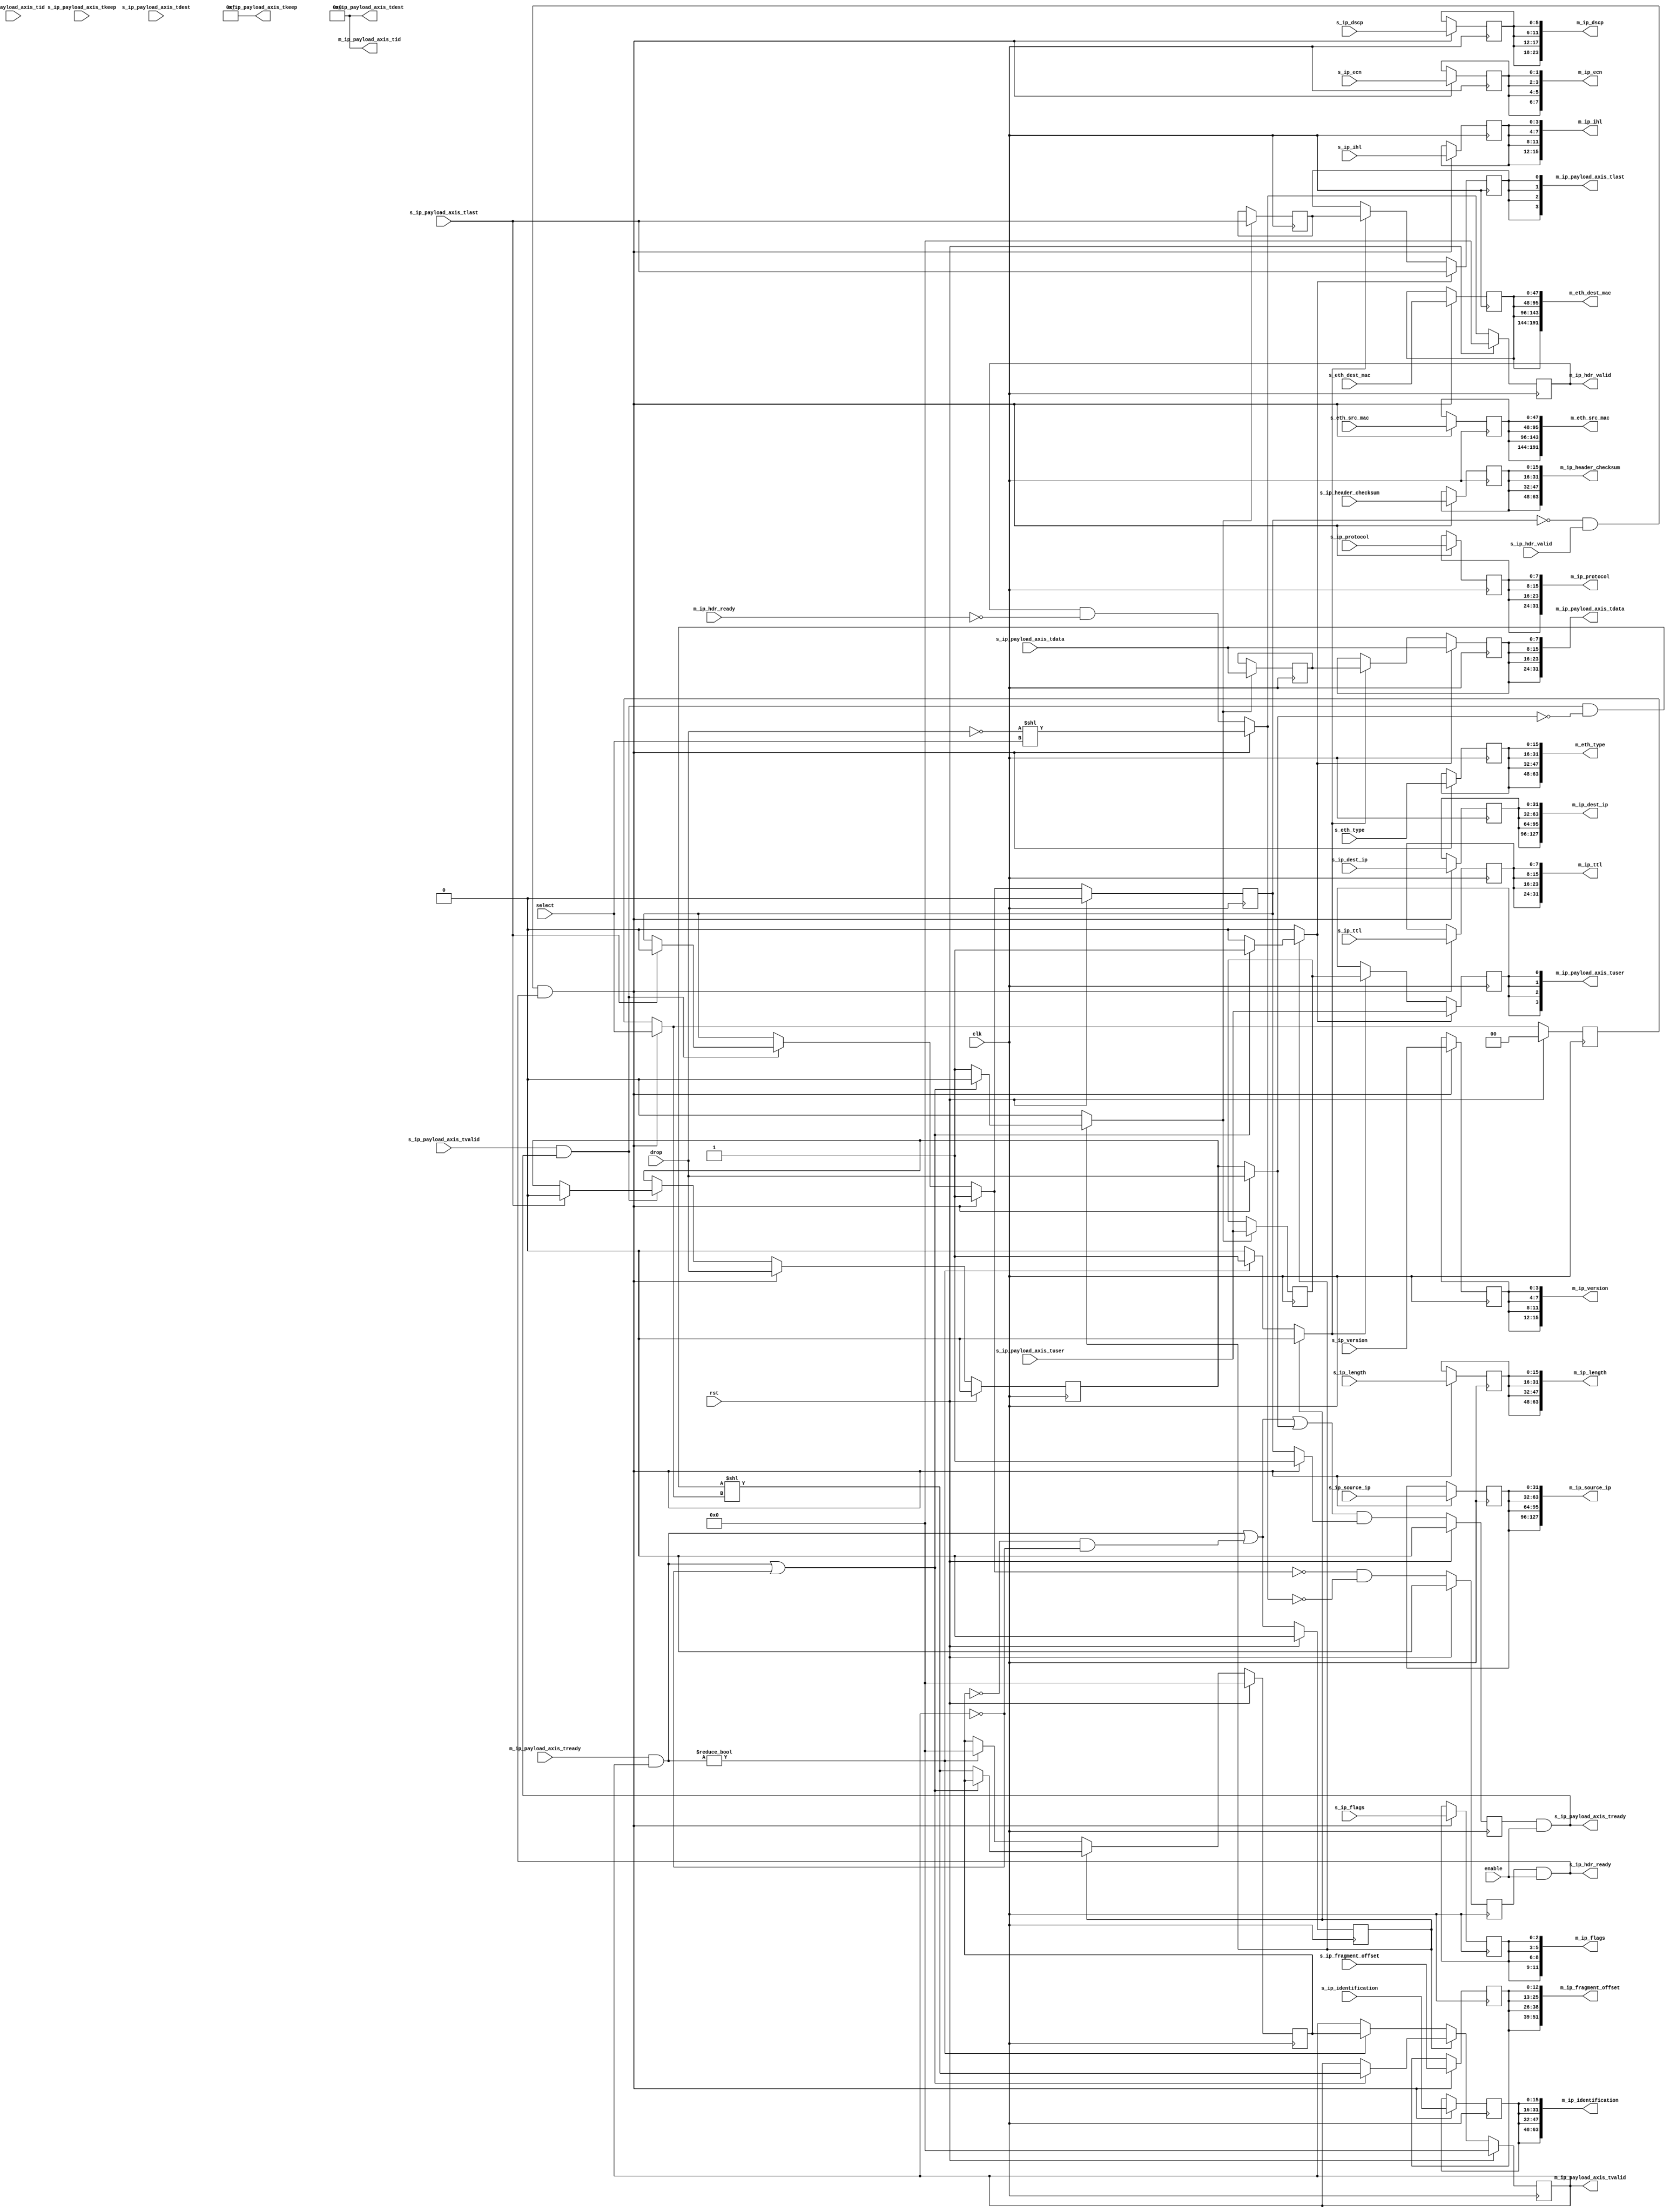
/*

Copyright (c) 2018 Alex Forencich

Permission is hereby granted, free of charge, to any person obtaining a copy
of this software and associated documentation files (the "Software"), to deal
in the Software without restriction, including without limitation the rights
to use, copy, modify, merge, publish, distribute, sublicense, and/or sell
copies of the Software, and to permit persons to whom the Software is
furnished to do so, subject to the following conditions:

The above copyright notice and this permission notice shall be included in
all copies or substantial portions of the Software.

THE SOFTWARE IS PROVIDED "AS IS", WITHOUT WARRANTY OF ANY KIND, EXPRESS OR
IMPLIED, INCLUDING BUT NOT LIMITED TO THE WARRANTIES OF MERCHANTABILITY
FITNESS FOR A PARTICULAR PURPOSE AND NONINFRINGEMENT. IN NO EVENT SHALL THE
AUTHORS OR COPYRIGHT HOLDERS BE LIABLE FOR ANY CLAIM, DAMAGES OR OTHER
LIABILITY, WHETHER IN AN ACTION OF CONTRACT, TORT OR OTHERWISE, ARISING FROM,
OUT OF OR IN CONNECTION WITH THE SOFTWARE OR THE USE OR OTHER DEALINGS IN
THE SOFTWARE.

*/

// Language: Verilog 2001

`resetall
`timescale 1ns / 1ps
`default_nettype none

/*
 * IP demultiplexer
 */
module ip_demux #
(
    parameter M_COUNT = 4,
    parameter DATA_WIDTH = 8,
    parameter KEEP_ENABLE = (DATA_WIDTH>8),
    parameter KEEP_WIDTH = (DATA_WIDTH/8),
    parameter ID_ENABLE = 0,
    parameter ID_WIDTH = 8,
    parameter DEST_ENABLE = 0,
    parameter DEST_WIDTH = 8,
    parameter USER_ENABLE = 1,
    parameter USER_WIDTH = 1
)
(
    input  wire                          clk,
    input  wire                          rst,

    /*
     * IP frame input
     */
    input  wire                          s_ip_hdr_valid,
    output wire                          s_ip_hdr_ready,
    input  wire [47:0]                   s_eth_dest_mac,
    input  wire [47:0]                   s_eth_src_mac,
    input  wire [15:0]                   s_eth_type,
    input  wire [3:0]                    s_ip_version,
    input  wire [3:0]                    s_ip_ihl,
    input  wire [5:0]                    s_ip_dscp,
    input  wire [1:0]                    s_ip_ecn,
    input  wire [15:0]                   s_ip_length,
    input  wire [15:0]                   s_ip_identification,
    input  wire [2:0]                    s_ip_flags,
    input  wire [12:0]                   s_ip_fragment_offset,
    input  wire [7:0]                    s_ip_ttl,
    input  wire [7:0]                    s_ip_protocol,
    input  wire [15:0]                   s_ip_header_checksum,
    input  wire [31:0]                   s_ip_source_ip,
    input  wire [31:0]                   s_ip_dest_ip,
    input  wire [DATA_WIDTH-1:0]         s_ip_payload_axis_tdata,
    input  wire [KEEP_WIDTH-1:0]         s_ip_payload_axis_tkeep,
    input  wire                          s_ip_payload_axis_tvalid,
    output wire                          s_ip_payload_axis_tready,
    input  wire                          s_ip_payload_axis_tlast,
    input  wire [ID_WIDTH-1:0]           s_ip_payload_axis_tid,
    input  wire [DEST_WIDTH-1:0]         s_ip_payload_axis_tdest,
    input  wire [USER_WIDTH-1:0]         s_ip_payload_axis_tuser,

    /*
     * IP frame outputs
     */
    output wire [M_COUNT-1:0]            m_ip_hdr_valid,
    input  wire [M_COUNT-1:0]            m_ip_hdr_ready,
    output wire [M_COUNT*48-1:0]         m_eth_dest_mac,
    output wire [M_COUNT*48-1:0]         m_eth_src_mac,
    output wire [M_COUNT*16-1:0]         m_eth_type,
    output wire [M_COUNT*4-1:0]          m_ip_version,
    output wire [M_COUNT*4-1:0]          m_ip_ihl,
    output wire [M_COUNT*6-1:0]          m_ip_dscp,
    output wire [M_COUNT*2-1:0]          m_ip_ecn,
    output wire [M_COUNT*16-1:0]         m_ip_length,
    output wire [M_COUNT*16-1:0]         m_ip_identification,
    output wire [M_COUNT*3-1:0]          m_ip_flags,
    output wire [M_COUNT*13-1:0]         m_ip_fragment_offset,
    output wire [M_COUNT*8-1:0]          m_ip_ttl,
    output wire [M_COUNT*8-1:0]          m_ip_protocol,
    output wire [M_COUNT*16-1:0]         m_ip_header_checksum,
    output wire [M_COUNT*32-1:0]         m_ip_source_ip,
    output wire [M_COUNT*32-1:0]         m_ip_dest_ip,
    output wire [M_COUNT*DATA_WIDTH-1:0] m_ip_payload_axis_tdata,
    output wire [M_COUNT*KEEP_WIDTH-1:0] m_ip_payload_axis_tkeep,
    output wire [M_COUNT-1:0]            m_ip_payload_axis_tvalid,
    input  wire [M_COUNT-1:0]            m_ip_payload_axis_tready,
    output wire [M_COUNT-1:0]            m_ip_payload_axis_tlast,
    output wire [M_COUNT*ID_WIDTH-1:0]   m_ip_payload_axis_tid,
    output wire [M_COUNT*DEST_WIDTH-1:0] m_ip_payload_axis_tdest,
    output wire [M_COUNT*USER_WIDTH-1:0] m_ip_payload_axis_tuser,

    /*
     * Control
     */
    input  wire                          enable,
    input  wire                          drop,
    input  wire [$clog2(M_COUNT)-1:0]    select
);

parameter CL_M_COUNT = $clog2(M_COUNT);

reg [CL_M_COUNT-1:0] select_reg = {CL_M_COUNT{1'b0}}, select_ctl, select_next;
reg drop_reg = 1'b0, drop_ctl, drop_next;
reg frame_reg = 1'b0, frame_ctl, frame_next;

reg s_ip_hdr_ready_reg = 1'b0, s_ip_hdr_ready_next;

reg s_ip_payload_axis_tready_reg = 1'b0, s_ip_payload_axis_tready_next;

reg [M_COUNT-1:0] m_ip_hdr_valid_reg = 0, m_ip_hdr_valid_next;
reg [47:0] m_eth_dest_mac_reg = 48'd0, m_eth_dest_mac_next;
reg [47:0] m_eth_src_mac_reg = 48'd0, m_eth_src_mac_next;
reg [15:0] m_eth_type_reg = 16'd0, m_eth_type_next;
reg [3:0]  m_ip_version_reg = 4'd0, m_ip_version_next;
reg [3:0]  m_ip_ihl_reg = 4'd0, m_ip_ihl_next;
reg [5:0]  m_ip_dscp_reg = 6'd0, m_ip_dscp_next;
reg [1:0]  m_ip_ecn_reg = 2'd0, m_ip_ecn_next;
reg [15:0] m_ip_length_reg = 16'd0, m_ip_length_next;
reg [15:0] m_ip_identification_reg = 16'd0, m_ip_identification_next;
reg [2:0]  m_ip_flags_reg = 3'd0, m_ip_flags_next;
reg [12:0] m_ip_fragment_offset_reg = 13'd0, m_ip_fragment_offset_next;
reg [7:0]  m_ip_ttl_reg = 8'd0, m_ip_ttl_next;
reg [7:0]  m_ip_protocol_reg = 8'd0, m_ip_protocol_next;
reg [15:0] m_ip_header_checksum_reg = 16'd0, m_ip_header_checksum_next;
reg [31:0] m_ip_source_ip_reg = 32'd0, m_ip_source_ip_next;
reg [31:0] m_ip_dest_ip_reg = 32'd0, m_ip_dest_ip_next;

// internal datapath
reg  [DATA_WIDTH-1:0] m_ip_payload_axis_tdata_int;
reg  [KEEP_WIDTH-1:0] m_ip_payload_axis_tkeep_int;
reg  [M_COUNT-1:0]    m_ip_payload_axis_tvalid_int;
reg                   m_ip_payload_axis_tready_int_reg = 1'b0;
reg                   m_ip_payload_axis_tlast_int;
reg  [ID_WIDTH-1:0]   m_ip_payload_axis_tid_int;
reg  [DEST_WIDTH-1:0] m_ip_payload_axis_tdest_int;
reg  [USER_WIDTH-1:0] m_ip_payload_axis_tuser_int;
wire                  m_ip_payload_axis_tready_int_early;

assign s_ip_hdr_ready = s_ip_hdr_ready_reg && enable;

assign s_ip_payload_axis_tready = s_ip_payload_axis_tready_reg && enable;

assign m_ip_hdr_valid = m_ip_hdr_valid_reg;
assign m_eth_dest_mac = {M_COUNT{m_eth_dest_mac_reg}};
assign m_eth_src_mac = {M_COUNT{m_eth_src_mac_reg}};
assign m_eth_type = {M_COUNT{m_eth_type_reg}};
assign m_ip_version = {M_COUNT{m_ip_version_reg}};
assign m_ip_ihl = {M_COUNT{m_ip_ihl_reg}};
assign m_ip_dscp = {M_COUNT{m_ip_dscp_reg}};
assign m_ip_ecn = {M_COUNT{m_ip_ecn_reg}};
assign m_ip_length = {M_COUNT{m_ip_length_reg}};
assign m_ip_identification = {M_COUNT{m_ip_identification_reg}};
assign m_ip_flags = {M_COUNT{m_ip_flags_reg}};
assign m_ip_fragment_offset = {M_COUNT{m_ip_fragment_offset_reg}};
assign m_ip_ttl = {M_COUNT{m_ip_ttl_reg}};
assign m_ip_protocol = {M_COUNT{m_ip_protocol_reg}};
assign m_ip_header_checksum = {M_COUNT{m_ip_header_checksum_reg}};
assign m_ip_source_ip = {M_COUNT{m_ip_source_ip_reg}};
assign m_ip_dest_ip = {M_COUNT{m_ip_dest_ip_reg}};

integer i;

always @* begin
    select_next = select_reg;
    select_ctl = select_reg;
    drop_next = drop_reg;
    drop_ctl = drop_reg;
    frame_next = frame_reg;
    frame_ctl = frame_reg;

    s_ip_hdr_ready_next = 1'b0;

    s_ip_payload_axis_tready_next = 1'b0;

    m_ip_hdr_valid_next = m_ip_hdr_valid_reg & ~m_ip_hdr_ready;
    m_eth_dest_mac_next = m_eth_dest_mac_reg;
    m_eth_src_mac_next = m_eth_src_mac_reg;
    m_eth_type_next = m_eth_type_reg;
    m_ip_version_next = m_ip_version_reg;
    m_ip_ihl_next = m_ip_ihl_reg;
    m_ip_dscp_next = m_ip_dscp_reg;
    m_ip_ecn_next = m_ip_ecn_reg;
    m_ip_length_next = m_ip_length_reg;
    m_ip_identification_next = m_ip_identification_reg;
    m_ip_flags_next = m_ip_flags_reg;
    m_ip_fragment_offset_next = m_ip_fragment_offset_reg;
    m_ip_ttl_next = m_ip_ttl_reg;
    m_ip_protocol_next = m_ip_protocol_reg;
    m_ip_header_checksum_next = m_ip_header_checksum_reg;
    m_ip_source_ip_next = m_ip_source_ip_reg;
    m_ip_dest_ip_next = m_ip_dest_ip_reg;

    if (s_ip_payload_axis_tvalid && s_ip_payload_axis_tready) begin
        // end of frame detection
        if (s_ip_payload_axis_tlast) begin
            frame_next = 1'b0;
            drop_next = 1'b0;
        end
    end

    if (!frame_reg && s_ip_hdr_valid && s_ip_hdr_ready) begin
        // start of frame, grab select value
        select_ctl = select;
        drop_ctl = drop;
        frame_ctl = 1'b1;

        select_next = select_ctl;
        drop_next = drop_ctl;
        frame_next = frame_ctl;

        s_ip_hdr_ready_next = 1'b0;

        m_ip_hdr_valid_next = (!drop_ctl) << select_ctl;
        m_eth_dest_mac_next = s_eth_dest_mac;
        m_eth_src_mac_next = s_eth_src_mac;
        m_eth_type_next = s_eth_type;
        m_ip_version_next = s_ip_version;
        m_ip_ihl_next = s_ip_ihl;
        m_ip_dscp_next = s_ip_dscp;
        m_ip_ecn_next = s_ip_ecn;
        m_ip_length_next = s_ip_length;
        m_ip_identification_next = s_ip_identification;
        m_ip_flags_next = s_ip_flags;
        m_ip_fragment_offset_next = s_ip_fragment_offset;
        m_ip_ttl_next = s_ip_ttl;
        m_ip_protocol_next = s_ip_protocol;
        m_ip_header_checksum_next = s_ip_header_checksum;
        m_ip_source_ip_next = s_ip_source_ip;
        m_ip_dest_ip_next = s_ip_dest_ip;
    end

    s_ip_hdr_ready_next = !frame_next && !m_ip_hdr_valid_next;

    s_ip_payload_axis_tready_next = (m_ip_payload_axis_tready_int_early || drop_ctl) && frame_ctl;

    m_ip_payload_axis_tdata_int  = s_ip_payload_axis_tdata;
    m_ip_payload_axis_tkeep_int  = s_ip_payload_axis_tkeep;
    m_ip_payload_axis_tvalid_int = (s_ip_payload_axis_tvalid && s_ip_payload_axis_tready && !drop_ctl) << select_ctl;
    m_ip_payload_axis_tlast_int  = s_ip_payload_axis_tlast;
    m_ip_payload_axis_tid_int    = s_ip_payload_axis_tid;
    m_ip_payload_axis_tdest_int  = s_ip_payload_axis_tdest;
    m_ip_payload_axis_tuser_int  = s_ip_payload_axis_tuser; 
end

always @(posedge clk) begin
    if (rst) begin
        select_reg <= 2'd0;
        drop_reg <= 1'b0;
        frame_reg <= 1'b0;
        s_ip_hdr_ready_reg <= 1'b0;
        s_ip_payload_axis_tready_reg <= 1'b0;
        m_ip_hdr_valid_reg <= 0;
    end else begin
        select_reg <= select_next;
        drop_reg <= drop_next;
        frame_reg <= frame_next;
        s_ip_hdr_ready_reg <= s_ip_hdr_ready_next;
        s_ip_payload_axis_tready_reg <= s_ip_payload_axis_tready_next;
        m_ip_hdr_valid_reg <= m_ip_hdr_valid_next;
    end

    m_eth_dest_mac_reg <= m_eth_dest_mac_next;
    m_eth_src_mac_reg <= m_eth_src_mac_next;
    m_eth_type_reg <= m_eth_type_next;
    m_ip_version_reg <= m_ip_version_next;
    m_ip_ihl_reg <= m_ip_ihl_next;
    m_ip_dscp_reg <= m_ip_dscp_next;
    m_ip_ecn_reg <= m_ip_ecn_next;
    m_ip_length_reg <= m_ip_length_next;
    m_ip_identification_reg <= m_ip_identification_next;
    m_ip_flags_reg <= m_ip_flags_next;
    m_ip_fragment_offset_reg <= m_ip_fragment_offset_next;
    m_ip_ttl_reg <= m_ip_ttl_next;
    m_ip_protocol_reg <= m_ip_protocol_next;
    m_ip_header_checksum_reg <= m_ip_header_checksum_next;
    m_ip_source_ip_reg <= m_ip_source_ip_next;
    m_ip_dest_ip_reg <= m_ip_dest_ip_next;
end

// output datapath logic
reg [DATA_WIDTH-1:0] m_ip_payload_axis_tdata_reg  = {DATA_WIDTH{1'b0}};
reg [KEEP_WIDTH-1:0] m_ip_payload_axis_tkeep_reg  = {KEEP_WIDTH{1'b0}};
reg [M_COUNT-1:0]    m_ip_payload_axis_tvalid_reg = {M_COUNT{1'b0}}, m_ip_payload_axis_tvalid_next;
reg                  m_ip_payload_axis_tlast_reg  = 1'b0;
reg [ID_WIDTH-1:0]   m_ip_payload_axis_tid_reg    = {ID_WIDTH{1'b0}};
reg [DEST_WIDTH-1:0] m_ip_payload_axis_tdest_reg  = {DEST_WIDTH{1'b0}};
reg [USER_WIDTH-1:0] m_ip_payload_axis_tuser_reg  = {USER_WIDTH{1'b0}};

reg [DATA_WIDTH-1:0] temp_m_ip_payload_axis_tdata_reg  = {DATA_WIDTH{1'b0}};
reg [KEEP_WIDTH-1:0] temp_m_ip_payload_axis_tkeep_reg  = {KEEP_WIDTH{1'b0}};
reg [M_COUNT-1:0]    temp_m_ip_payload_axis_tvalid_reg = {M_COUNT{1'b0}}, temp_m_ip_payload_axis_tvalid_next;
reg                  temp_m_ip_payload_axis_tlast_reg  = 1'b0;
reg [ID_WIDTH-1:0]   temp_m_ip_payload_axis_tid_reg    = {ID_WIDTH{1'b0}};
reg [DEST_WIDTH-1:0] temp_m_ip_payload_axis_tdest_reg  = {DEST_WIDTH{1'b0}};
reg [USER_WIDTH-1:0] temp_m_ip_payload_axis_tuser_reg  = {USER_WIDTH{1'b0}};

// datapath control
reg store_axis_int_to_output;
reg store_axis_int_to_temp;
reg store_ip_payload_axis_temp_to_output;

assign m_ip_payload_axis_tdata  = {M_COUNT{m_ip_payload_axis_tdata_reg}};
assign m_ip_payload_axis_tkeep  = KEEP_ENABLE ? {M_COUNT{m_ip_payload_axis_tkeep_reg}} : {M_COUNT*KEEP_WIDTH{1'b1}};
assign m_ip_payload_axis_tvalid = m_ip_payload_axis_tvalid_reg;
assign m_ip_payload_axis_tlast  = {M_COUNT{m_ip_payload_axis_tlast_reg}};
assign m_ip_payload_axis_tid    = ID_ENABLE   ? {M_COUNT{m_ip_payload_axis_tid_reg}}   : {M_COUNT*ID_WIDTH{1'b0}};
assign m_ip_payload_axis_tdest  = DEST_ENABLE ? {M_COUNT{m_ip_payload_axis_tdest_reg}} : {M_COUNT*DEST_WIDTH{1'b0}};
assign m_ip_payload_axis_tuser  = USER_ENABLE ? {M_COUNT{m_ip_payload_axis_tuser_reg}} : {M_COUNT*USER_WIDTH{1'b0}};

// enable ready input next cycle if output is ready or if both output registers are empty
assign m_ip_payload_axis_tready_int_early = (m_ip_payload_axis_tready & m_ip_payload_axis_tvalid) || (!temp_m_ip_payload_axis_tvalid_reg && !m_ip_payload_axis_tvalid_reg);

always @* begin
    // transfer sink ready state to source
    m_ip_payload_axis_tvalid_next = m_ip_payload_axis_tvalid_reg;
    temp_m_ip_payload_axis_tvalid_next = temp_m_ip_payload_axis_tvalid_reg;

    store_axis_int_to_output = 1'b0;
    store_axis_int_to_temp = 1'b0;
    store_ip_payload_axis_temp_to_output = 1'b0;

    if (m_ip_payload_axis_tready_int_reg) begin
        // input is ready
        if ((m_ip_payload_axis_tready & m_ip_payload_axis_tvalid) || !m_ip_payload_axis_tvalid) begin
            // output is ready or currently not valid, transfer data to output
            m_ip_payload_axis_tvalid_next = m_ip_payload_axis_tvalid_int;
            store_axis_int_to_output = 1'b1;
        end else begin
            // output is not ready, store input in temp
            temp_m_ip_payload_axis_tvalid_next = m_ip_payload_axis_tvalid_int;
            store_axis_int_to_temp = 1'b1;
        end
    end else if (m_ip_payload_axis_tready & m_ip_payload_axis_tvalid) begin
        // input is not ready, but output is ready
        m_ip_payload_axis_tvalid_next = temp_m_ip_payload_axis_tvalid_reg;
        temp_m_ip_payload_axis_tvalid_next = 1'b0;
        store_ip_payload_axis_temp_to_output = 1'b1;
    end
end

always @(posedge clk) begin
    m_ip_payload_axis_tvalid_reg <= m_ip_payload_axis_tvalid_next;
    m_ip_payload_axis_tready_int_reg <= m_ip_payload_axis_tready_int_early;
    temp_m_ip_payload_axis_tvalid_reg <= temp_m_ip_payload_axis_tvalid_next;

    // datapath
    if (store_axis_int_to_output) begin
        m_ip_payload_axis_tdata_reg <= m_ip_payload_axis_tdata_int;
        m_ip_payload_axis_tkeep_reg <= m_ip_payload_axis_tkeep_int;
        m_ip_payload_axis_tlast_reg <= m_ip_payload_axis_tlast_int;
        m_ip_payload_axis_tid_reg   <= m_ip_payload_axis_tid_int;
        m_ip_payload_axis_tdest_reg <= m_ip_payload_axis_tdest_int;
        m_ip_payload_axis_tuser_reg <= m_ip_payload_axis_tuser_int;
    end else if (store_ip_payload_axis_temp_to_output) begin
        m_ip_payload_axis_tdata_reg <= temp_m_ip_payload_axis_tdata_reg;
        m_ip_payload_axis_tkeep_reg <= temp_m_ip_payload_axis_tkeep_reg;
        m_ip_payload_axis_tlast_reg <= temp_m_ip_payload_axis_tlast_reg;
        m_ip_payload_axis_tid_reg   <= temp_m_ip_payload_axis_tid_reg;
        m_ip_payload_axis_tdest_reg <= temp_m_ip_payload_axis_tdest_reg;
        m_ip_payload_axis_tuser_reg <= temp_m_ip_payload_axis_tuser_reg;
    end

    if (store_axis_int_to_temp) begin
        temp_m_ip_payload_axis_tdata_reg <= m_ip_payload_axis_tdata_int;
        temp_m_ip_payload_axis_tkeep_reg <= m_ip_payload_axis_tkeep_int;
        temp_m_ip_payload_axis_tlast_reg <= m_ip_payload_axis_tlast_int;
        temp_m_ip_payload_axis_tid_reg   <= m_ip_payload_axis_tid_int;
        temp_m_ip_payload_axis_tdest_reg <= m_ip_payload_axis_tdest_int;
        temp_m_ip_payload_axis_tuser_reg <= m_ip_payload_axis_tuser_int;
    end

    if (rst) begin
        m_ip_payload_axis_tvalid_reg <= {M_COUNT{1'b0}};
        m_ip_payload_axis_tready_int_reg <= 1'b0;
        temp_m_ip_payload_axis_tvalid_reg <= 1'b0;
    end
end

endmodule

`resetall